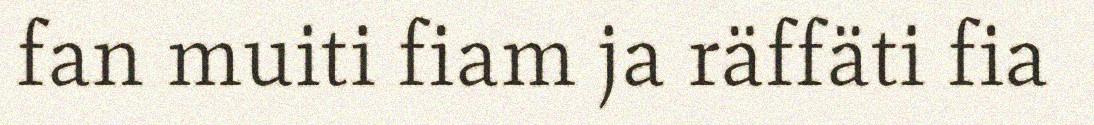
fan muiti fiam ja räffäti fia